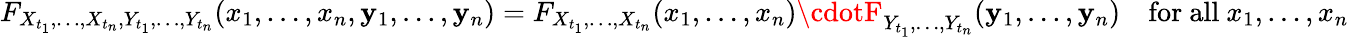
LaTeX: F_{X_{t_{1}},\ldots,X_{t_{n}},Y_{t_{1}},\ldots,Y_{t_{n}}}(x_{1},\ldots,x_{n},\mathbf{y}_{1},\ldots,\mathbf{y}_{n})=F_{X_{t_{1}},\ldots,X_{t_{n}}}(x_{1},\ldots,x_{n})\cdotF_{Y_{t_{1}},\ldots,Y_{t_{n}}}(\mathbf{y}_{1},\ldots,\mathbf{y}_{n})\quad{\mathrm{{for~all~}}}x_{1},\ldots,x_{n}